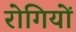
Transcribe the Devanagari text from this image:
राेगियों